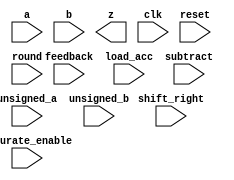
(* blackbox *)
module RS_DSP_MULTACC_REGIN_REGOUT (
    input  wire [19:0] a,
    input  wire [17:0] b,
    output wire [37:0] z,

    (* clkbuf_sink *)
    input  wire        clk,
    input  wire        reset,

    input  wire [ 2:0] feedback,
    input  wire        load_acc,
    input  wire        unsigned_a,
    input  wire        unsigned_b,

    input  wire        saturate_enable,
    input  wire [ 5:0] shift_right,
    input  wire        round,
    input  wire        subtract
);

    parameter [79:0] MODE_BITS = 80'd0;

endmodule